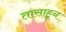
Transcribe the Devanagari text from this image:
तासाहून